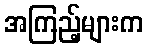
အကြည့်များက